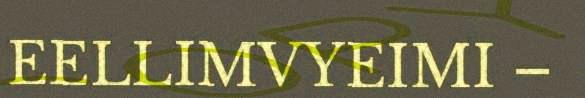
EELLIMVYEIMI –